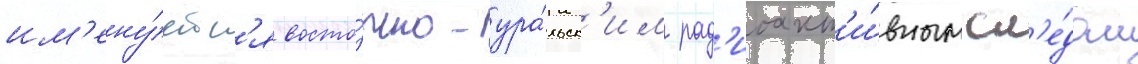
им'ену́етс'я восто́чно-ура́льск'им рад'иоакт'и́вным сл'е́дом